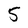
Character: 5